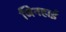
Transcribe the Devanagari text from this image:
जिनहाई